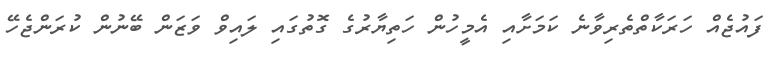
ފައުޖެއް ހަރަކާތްތެރިވާނެ ކަމަށާއި އެމީހުން ހަތިޔާރުގެ ގޮތުގައި ލައިވް ވަޒަން ބޭނުން ކުރަންޖެހޭ